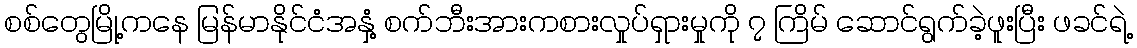
စစ်တွေမြို့ကနေ မြန်မာနိုင်ငံအနှံ့ စက်ဘီးအားကစားလှုပ်ရှားမှုကို ၇ ကြိမ် ဆောင်ရွက်ခဲ့ဖူးပြီး ဖခင်ရဲ့